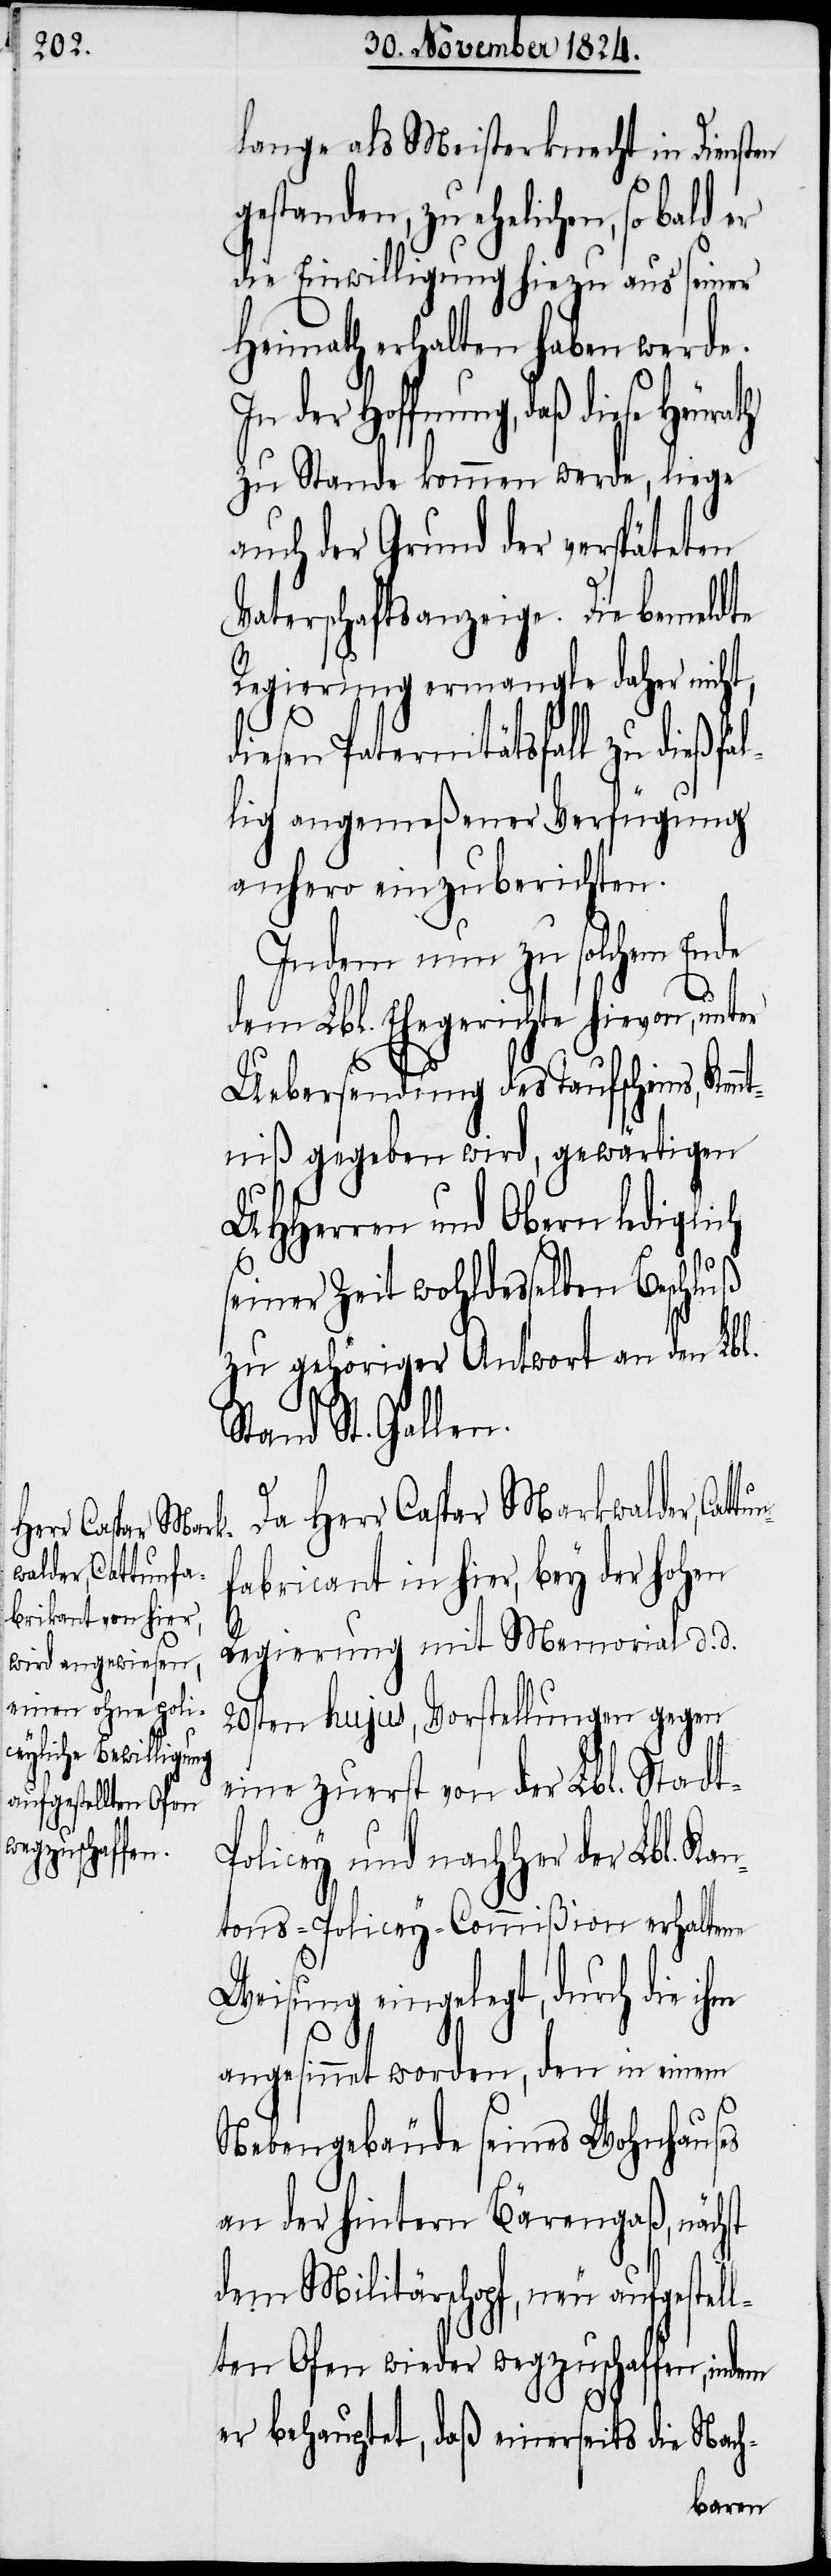
Herr Caspar Mark¬
walder, Cattun¬

lange als Meisterknecht in Diensten
gestanden, zu ehelichen, so
die Einwilligung aus seiner
Heimath erhalten haben werde.
In der Hoffnung, daß diese
zu Stande kommen werde, liege
auch der Grund der verspäteten
Vaterschaftsanzeige. Die bemeldte
Regierung ermangle daher nicht,
diesen Paternitätsfall zu dießfäl¬
lig angemeßener Verfügung
anhero einzuberichten.
Indem nun zu solchem Ende
dem Lbl. Ehegerichte hievon, unt¬
an¬
Uebersendung des Taufscheins, Ken¬
ntniß gegeben wird, gewärtigen
UHHerren und Obern lediglich
seiner Zeit wohldesselben Beschluß
zu gehöriger Antwort an den Lbl.
Stand St. Gallen.
fabricant in hier, bey der hohen
Regierung mit Memorial d. d.
20sten hujus, Vorstellungen gegen
eine zuerst von der Lbl. Stadt-P¬
olicey und nachher der Lbl. K¬
tons-Policey-Commißion erhaltene
Weisung eingelegt, durch die ihm
angesinnet worden, den in einem
Nebengebäude seines Wohnhauses
an der hinteren Bärengaß, nächst
dem Militärschopf, neu aufgestel¬
lten Ofen wieder wegzuschaffen, indem
er behauptet, daß einerseits die Nach-